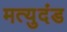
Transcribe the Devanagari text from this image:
मत्युदंड